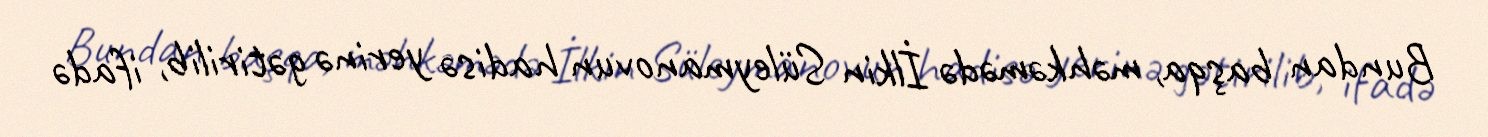
Bundan başqa, məhkəmədə İlkin Süleymanovun hadisə yerinə gətirilib, ifadə